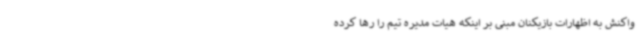
واکنش به اظهارات بازیکنان مبنی بر اینکه هیات مدیره تیم را رها کرده